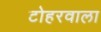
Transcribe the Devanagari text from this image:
टोहरवाला